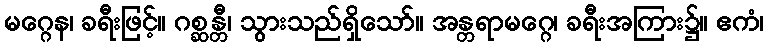
မဂ္ဂေန၊ ခရီးဖြင့်။ ဂစ္ဆန္တီ၊ သွားသည်ရှိသော်။ အန္တရာမဂ္ဂေ၊ ခရီးအကြား၌။ ဧကံ၊